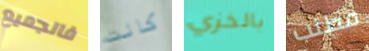
فالجميع كانت بالخزي مطلب